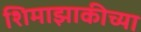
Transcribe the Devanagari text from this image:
शिमाझाकीच्या